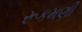
રૂકમણી